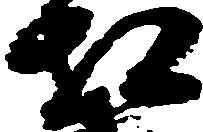
相